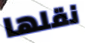
نقلها